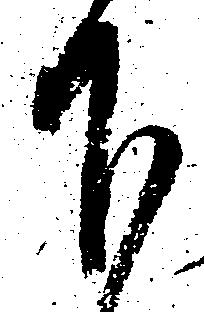
下